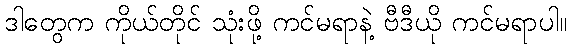
ဒါတွေက ကိုယ်တိုင် သုံးဖို့ ကင်မရာနဲ့ ဗီဒီယို ကင်မရာပါ။